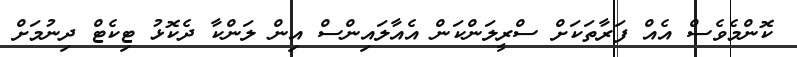
ކޮންމެވެސް އެއް ފަރާތަކަށް ސްރީލަންކަން އެއާލައިންސް އިން ލަންކާ ދެކޮޅު ޓިކެޓް ދިނުމަށް